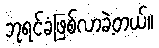
ဘုရင်ခံဖြစ်လာခဲ့တယ်။